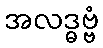
အလဒ္ဓဗ္ဗံ